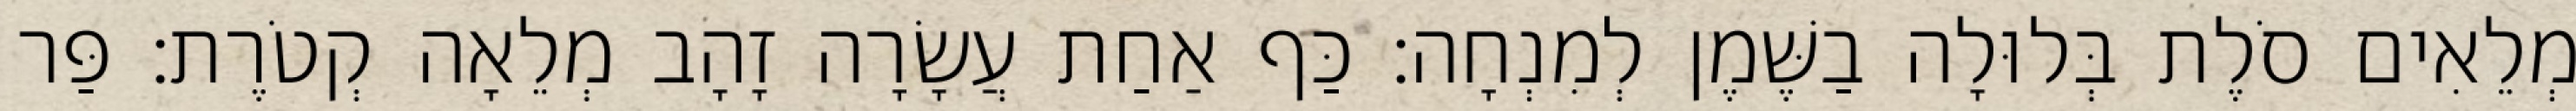
מְלֵאִים סֹלֶת בְּלוּלָה בַשֶּׁמֶן לְמִנְחָה׃ כַּף אַחַת עֲשָׂרָה זָהָב מְלֵאָה קְטֹרֶת׃ פַּר